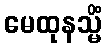
မေထုနသ္မိံ